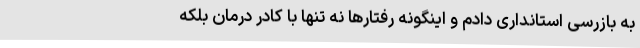
به بازرسی استانداری دادم و اینگونه رفتارها نه تنها با کادر درمان بلکه